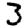
Digit: 3